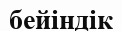
бейіндік